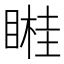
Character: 𥉯